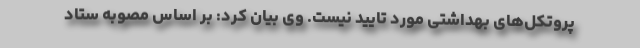
پروتکل‌های بهداشتی مورد تایید نیست. وی بیان کرد: بر اساس مصوبه ستاد